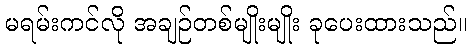
မရမ်းကင်လို အချဉ်တစ်မျိုးမျိုး ခုပေးထားသည်။